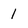
Character: 1